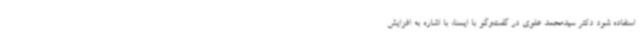
استفاده شود دکتر سیدمحمد علوی در گفت‌وگو با ایسنا، با اشاره به افزایش